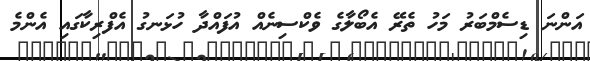
އަންނަ ޑިސެމްބަރު މަހު ތެރޭ އެބޯލާގެ ވެކްސިނެއް އުފައްދާ ހުޅަނގު އެފްރިކާގައި އެންމެ